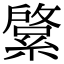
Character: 𦄊